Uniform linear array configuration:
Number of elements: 16
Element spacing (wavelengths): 0.5
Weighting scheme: hann
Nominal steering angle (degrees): -30
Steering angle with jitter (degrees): -31.848
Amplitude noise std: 0.05
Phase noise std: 0.05

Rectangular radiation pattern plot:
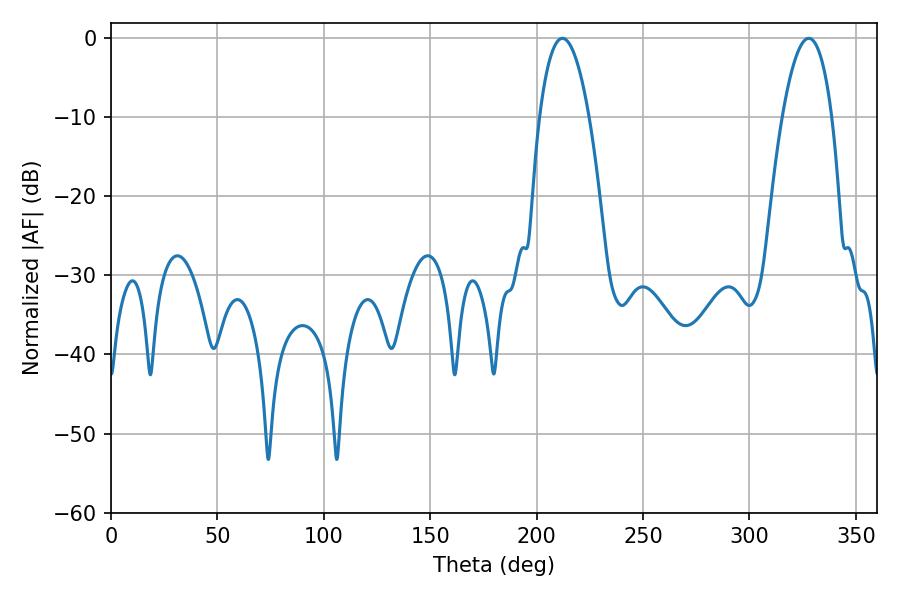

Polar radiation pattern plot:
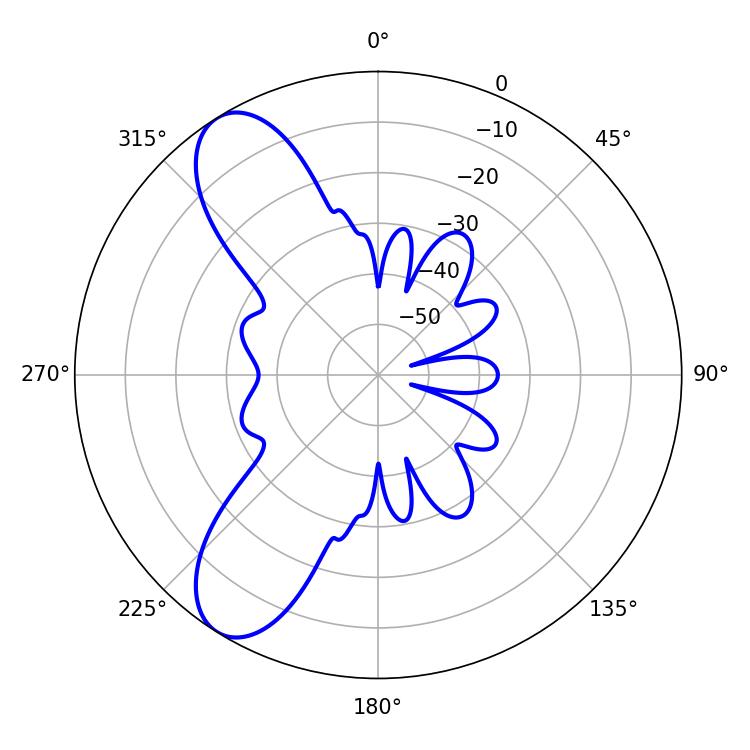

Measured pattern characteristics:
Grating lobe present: FALSE
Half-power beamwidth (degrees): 12.96
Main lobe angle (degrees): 212.04